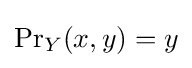
{\Pr }_{Y}(x,y)=y